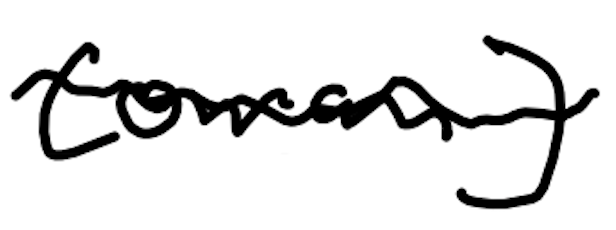
Text: Cowan)
Cross-out: wave
Writing tool: digital_black